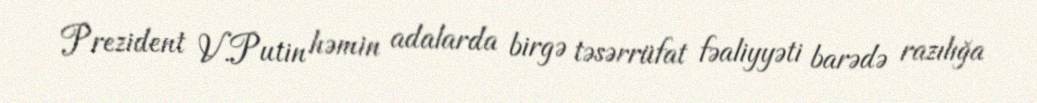
Prezident V.Putin həmin adalarda birgə təsərrüfat fəaliyyəti barədə razılığa